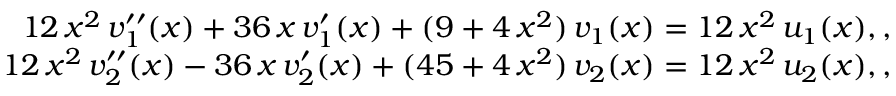
\begin{array} { r l r } & { } & { 1 2 \, x ^ { 2 } \, v _ { 1 } ^ { \prime \prime } ( x ) + 3 6 \, x \, v _ { 1 } ^ { \prime } ( x ) + ( 9 + 4 \, x ^ { 2 } ) \, v _ { 1 } ( x ) = 1 2 \, x ^ { 2 } \, u _ { 1 } ( x ) , , } \\ & { } & { 1 2 \, x ^ { 2 } \, v _ { 2 } ^ { \prime \prime } ( x ) - 3 6 \, x \, v _ { 2 } ^ { \prime } ( x ) + ( 4 5 + 4 \, x ^ { 2 } ) \, v _ { 2 } ( x ) = 1 2 \, x ^ { 2 } \, u _ { 2 } ( x ) , , } \end{array}